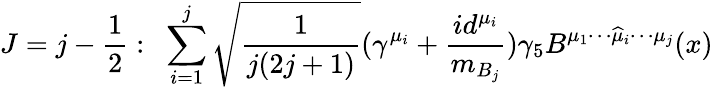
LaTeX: J=j-\frac{1}{2}:\, \, \, \mathop{\sum}_{i=1}^{j}\sqrt{\frac{1}{j(2j+1)}}(\gamma^{\mu_{i}}+\frac{id^{\mu_{i}}}{m_{B_{j}}})\gamma_{5}B^{\mu_{1}\cdots\widehat{\mu}_{i}\cdots\mu_{j}}(x)